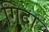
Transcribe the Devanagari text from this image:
गिदा